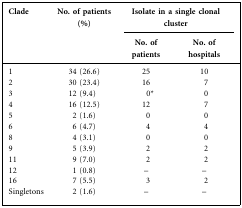
<table><thead><tr><td rowspan="2"><b>Clade</b></td><td rowspan="2"><b>No. of patients (%)</b></td><td colspan="2"><b>Isolate in a single clonal cluster</b></td></tr><tr><td><b>No. of patients</b></td><td><b>No. of hospitals</b></td></tr></thead><tbody><tr><td>1</td><td>34 (26.6)</td><td>25</td><td>10</td></tr><tr><td>2</td><td>30 (23.4)</td><td>16</td><td>7</td></tr><tr><td>3</td><td>12 (9.4)</td><td>0*</td><td>0</td></tr><tr><td>4</td><td>16 (12.5)</td><td>12</td><td>7</td></tr><tr><td>5</td><td>2 (1.6)</td><td>0</td><td>0</td></tr><tr><td>6</td><td>6 (4.7)</td><td>4</td><td>4</td></tr><tr><td>8</td><td>4 (3.1)</td><td>0</td><td>0</td></tr><tr><td>9</td><td>5 (3.9)</td><td>2</td><td>2</td></tr><tr><td>11</td><td>9 (7.0)</td><td>2</td><td>2</td></tr><tr><td>12</td><td>1 (0.8)</td><td>–</td><td>–</td></tr><tr><td>16</td><td>7 (5.5)</td><td>3</td><td>2</td></tr><tr><td>Singletons</td><td>2 (1.6)</td><td>–</td><td>–</td></tr></tbody></table>